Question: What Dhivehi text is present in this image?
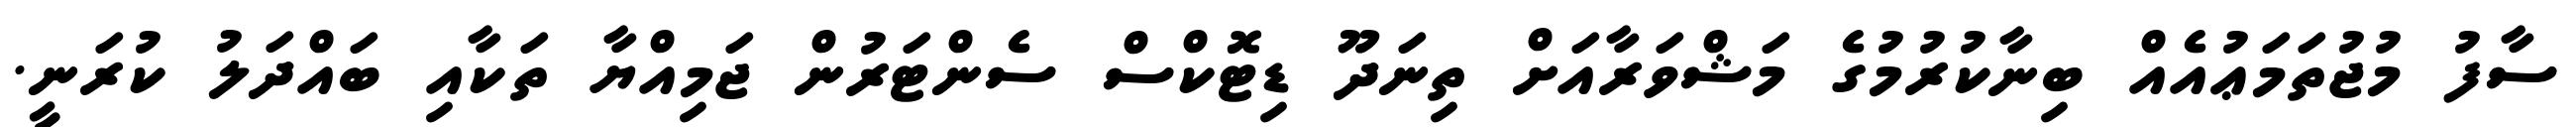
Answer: ސާފު މުޖުތަމަޢުއެއް ބިނާކުރުމުގެ މަޝްވަރާއަށް ތިނަދޫ ޑިޓޮކްސް ސެންޓަރުން ޖަމިއްޔާ ތަކާއި ބައްދަލު ކުރަނީ.